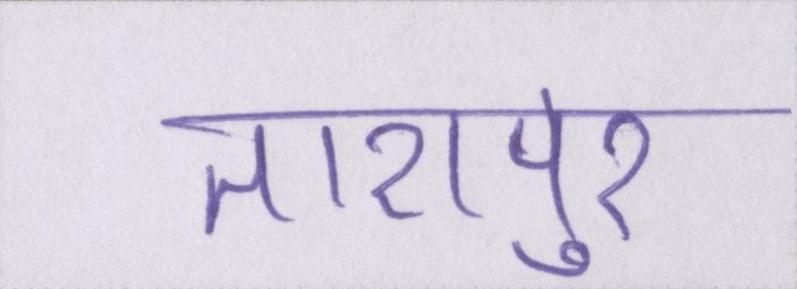
तारापुर